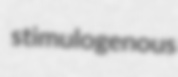
stimulogenous